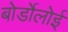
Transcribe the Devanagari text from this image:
बोर्डोलोई